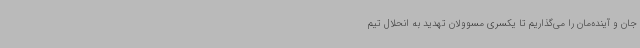
جان و آینده‌مان را می‌گذاریم تا یکسری مسوولان تهدید به انحلال تیم